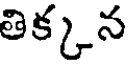
తిక్కన